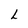
Character: L